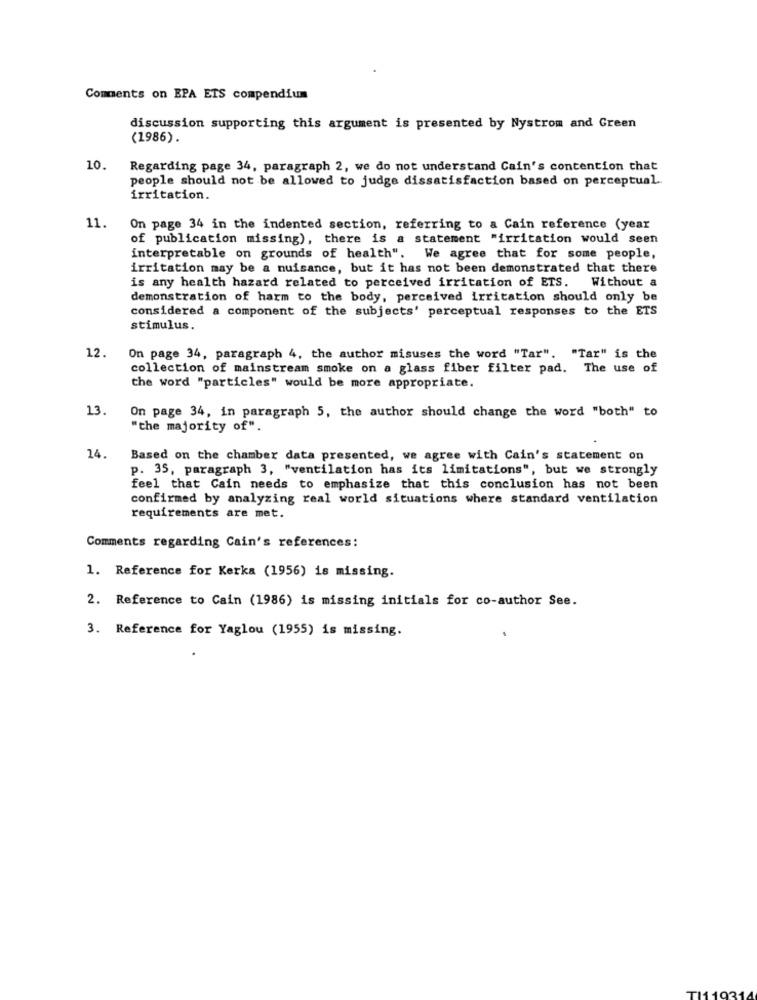
Comments on EPA ETS compendium
discussion supporting this argument is presented by Nystrom and Green
(1986).
10.
Regarding page 34, paragraph 2, we do not understand Cain's contention that
people should not be allowed to judge dissatisfaction based on perceptual ..
irritation.
11.
On page 34 in the indented section, referring to a Cain reference (year
of publication missing), there is a statement "irritation would seen
interpretable on grounds of health". We agree that for some people,
irritation may be a nuisance, but it has not been demonstrated that there
is any health hazard related to perceived irritation of ETS. Without a
demonstration of harm to the body, perceived irritation should only be
considered a component of the subjects' perceptual responses to the ETS
stimulus.
12.
On page 34, paragraph 4, the author misuses the word "Tar". "Tar" is the
collection of mainstream smoke on a glass fiber filter pad. The use of
the word "particles" would be more appropriate.
13.
On page 34, in paragraph 5, the author should change the word "both" to
"the majority of".
14.
Based on the chamber data presented, we agree with Cain's statement on
p. 35, paragraph 3, "ventilation has its limitations", but we strongly
feel that Cain needs to emphasize that this conclusion has not been
confirmed by analyzing real world situations where standard ventilation
requirements are met.
Comments regarding Cain's references:
1. Reference for Kerka (1956) is missing.
2. Reference to Cain (1986) is missing initials for co-author See.
3. Reference for Yaglou (1955) is missing.